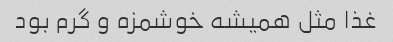
غذا مثل همیشه خوشمزه و گرم بود